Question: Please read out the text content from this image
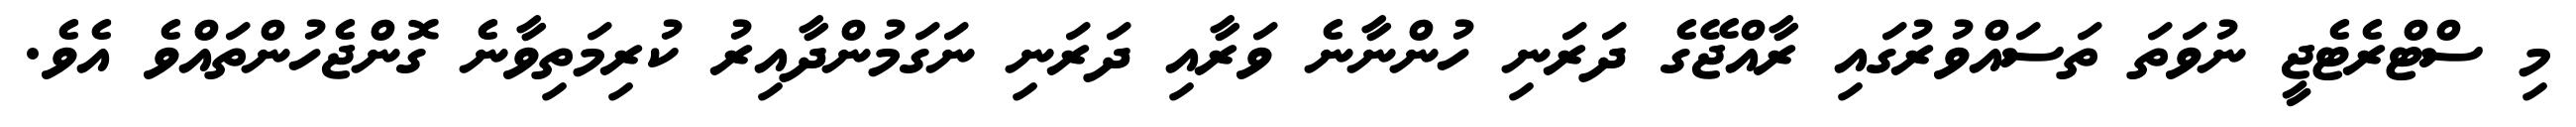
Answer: މި ސްޓްރެޓެޖީ ނުވަތަ ތަސައްވުރުގައި ރާއްޖޭގެ ދަރަނި ހުންނާނެ ވަރާއި ދަރަނި ނަގަމުންދާއިރު ކުރިމަތިވާނެ ގޮންޖެހުންތައްވެ އެވެ.